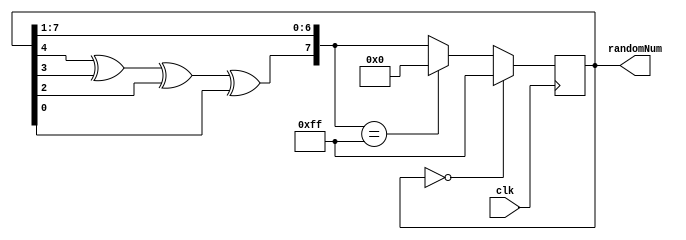
module random8(clk,randomNum);
    input clk;
    output reg [7:0] randomNum;
    reg lin;
	 parameter seed = 8'd0;
	 initial begin
			randomNum=seed;
	 end
    always @ (posedge clk) begin
			if(randomNum==8'd0)
              randomNum=8'hff;
         else begin
              lin = randomNum[4]^randomNum[3]^randomNum[2]^randomNum[0];
              randomNum = {lin,randomNum[7:1]};
				  
              if(randomNum==8'hff)
                  randomNum = 8'd0;
              else
                  randomNum = randomNum;
         end        
    end

endmodule